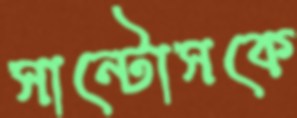
সান্টোসকে